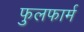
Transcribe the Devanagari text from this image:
फुलफार्म